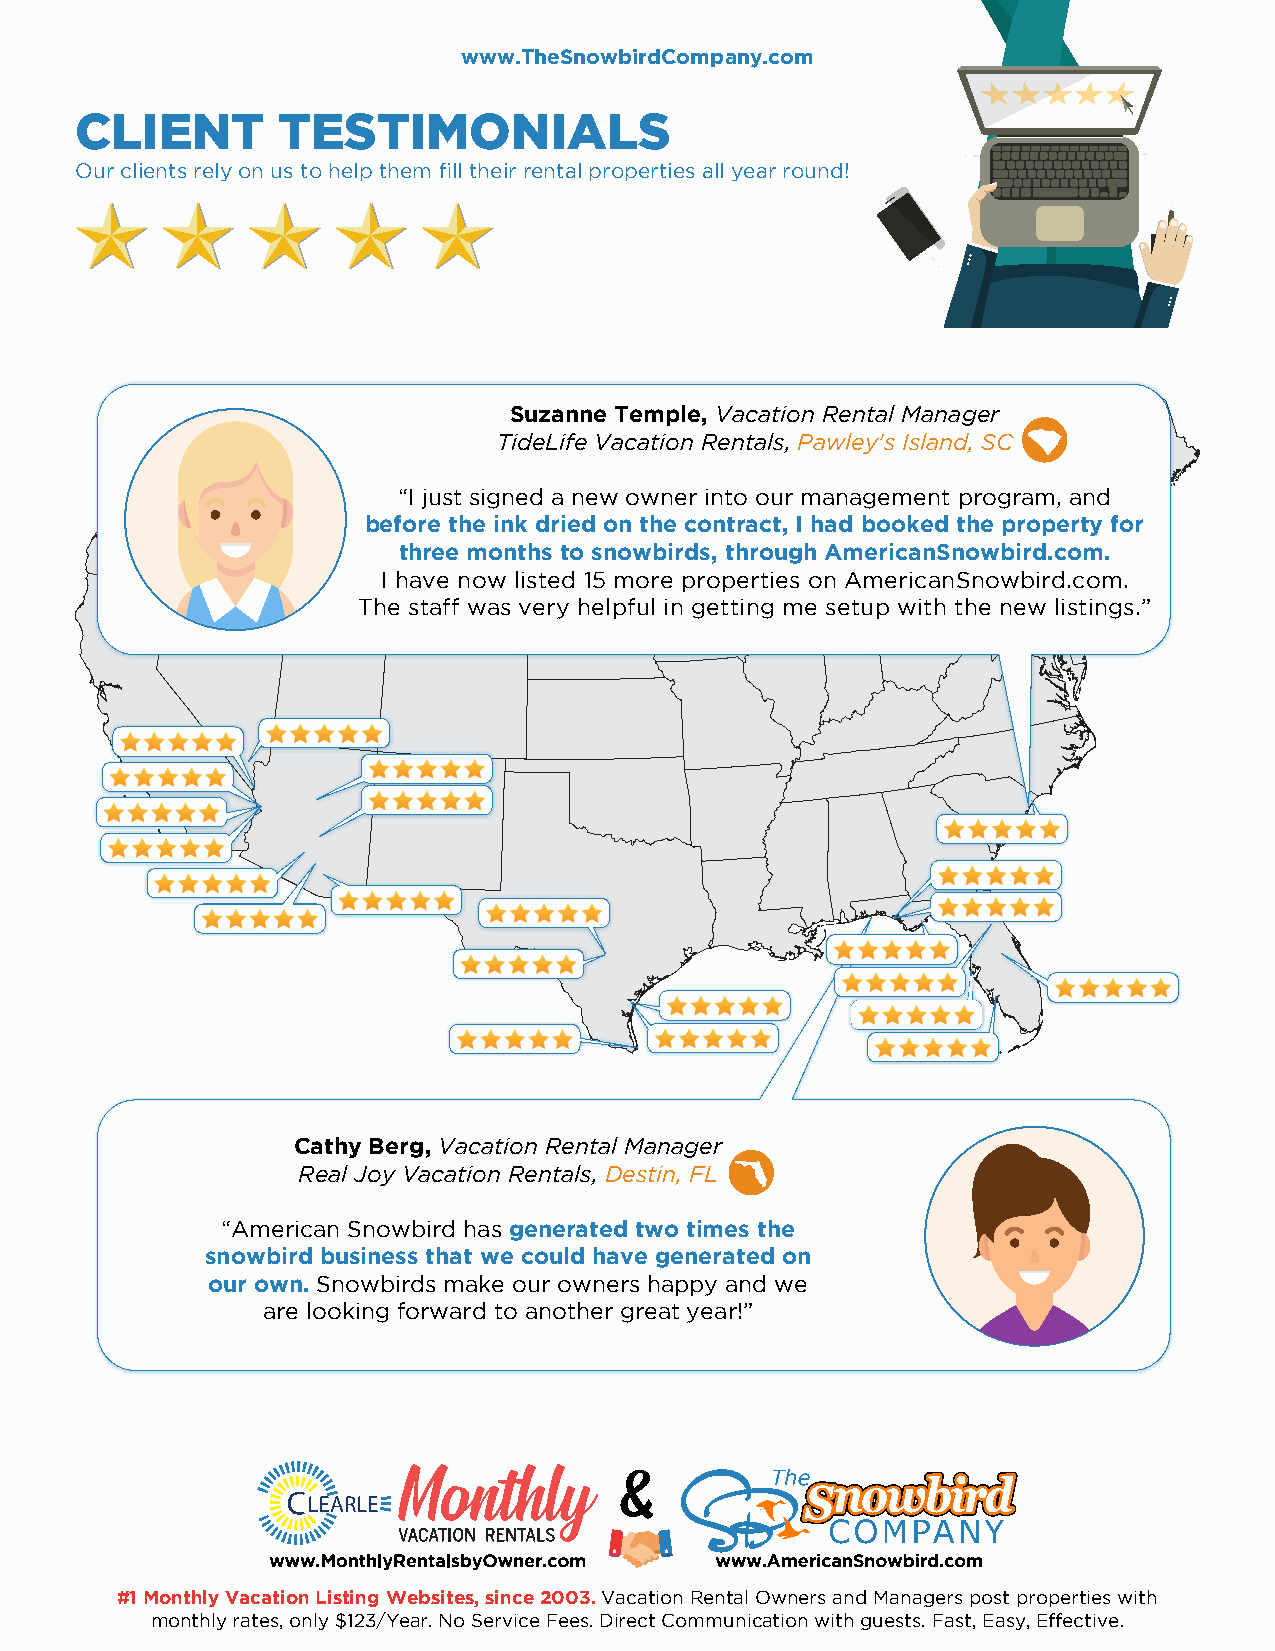
www.TheSnowbirdCompany.com
 CLIENT       TESTIMONIALS
 Our clients rely on us to help them fill their rental properties all year round!
 Suzanne Temple, Vacation Rental Manager
 TideLife Vacation Rentals, Pawley's Island, SC
 “I just signed a new owner into our management program, and
 before the ink dried on the contract, I had booked the property for
 three months to snowbirds, through AmericanSnowbird.com.
 I have now listed 15 more properties on AmericanSnowbird.com.
 The staff was very helpful in getting me setup with the new listings.”
 Cathy Berg, Vacation Rental Manager
 Real Joy Vacation Rentals, Destin, FL
 “American Snowbird has generated two times the
 snowbird business that we could have generated on
 our own. Snowbirds make our owners happy and we
 are looking forward to another great year!”
 #1 Monthly Vacation Listing Websites, since 2003. Vacation Rental Owners and Managers post properties with
 monthly rates, only $123/Year. No Service Fees. Direct Communication with guests. Fast, Easy, Effective.